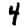
Digit: 4